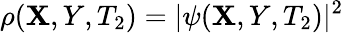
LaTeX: \rho(\mathbf{X},Y,T_{2})=|\psi(\mathbf{X},Y,T_{2})|^{2}